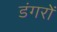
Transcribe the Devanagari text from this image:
डंगरों